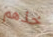
خذهم